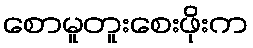
စောမူတူးစေးဖိုးက